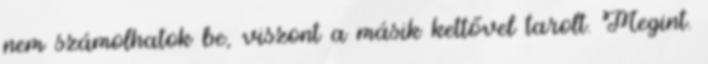
nem számolhatok be, viszont a másik kettővel tarolt. Megint.